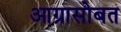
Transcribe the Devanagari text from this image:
आग्रासोबत